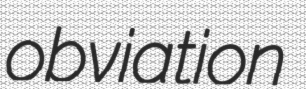
obviation